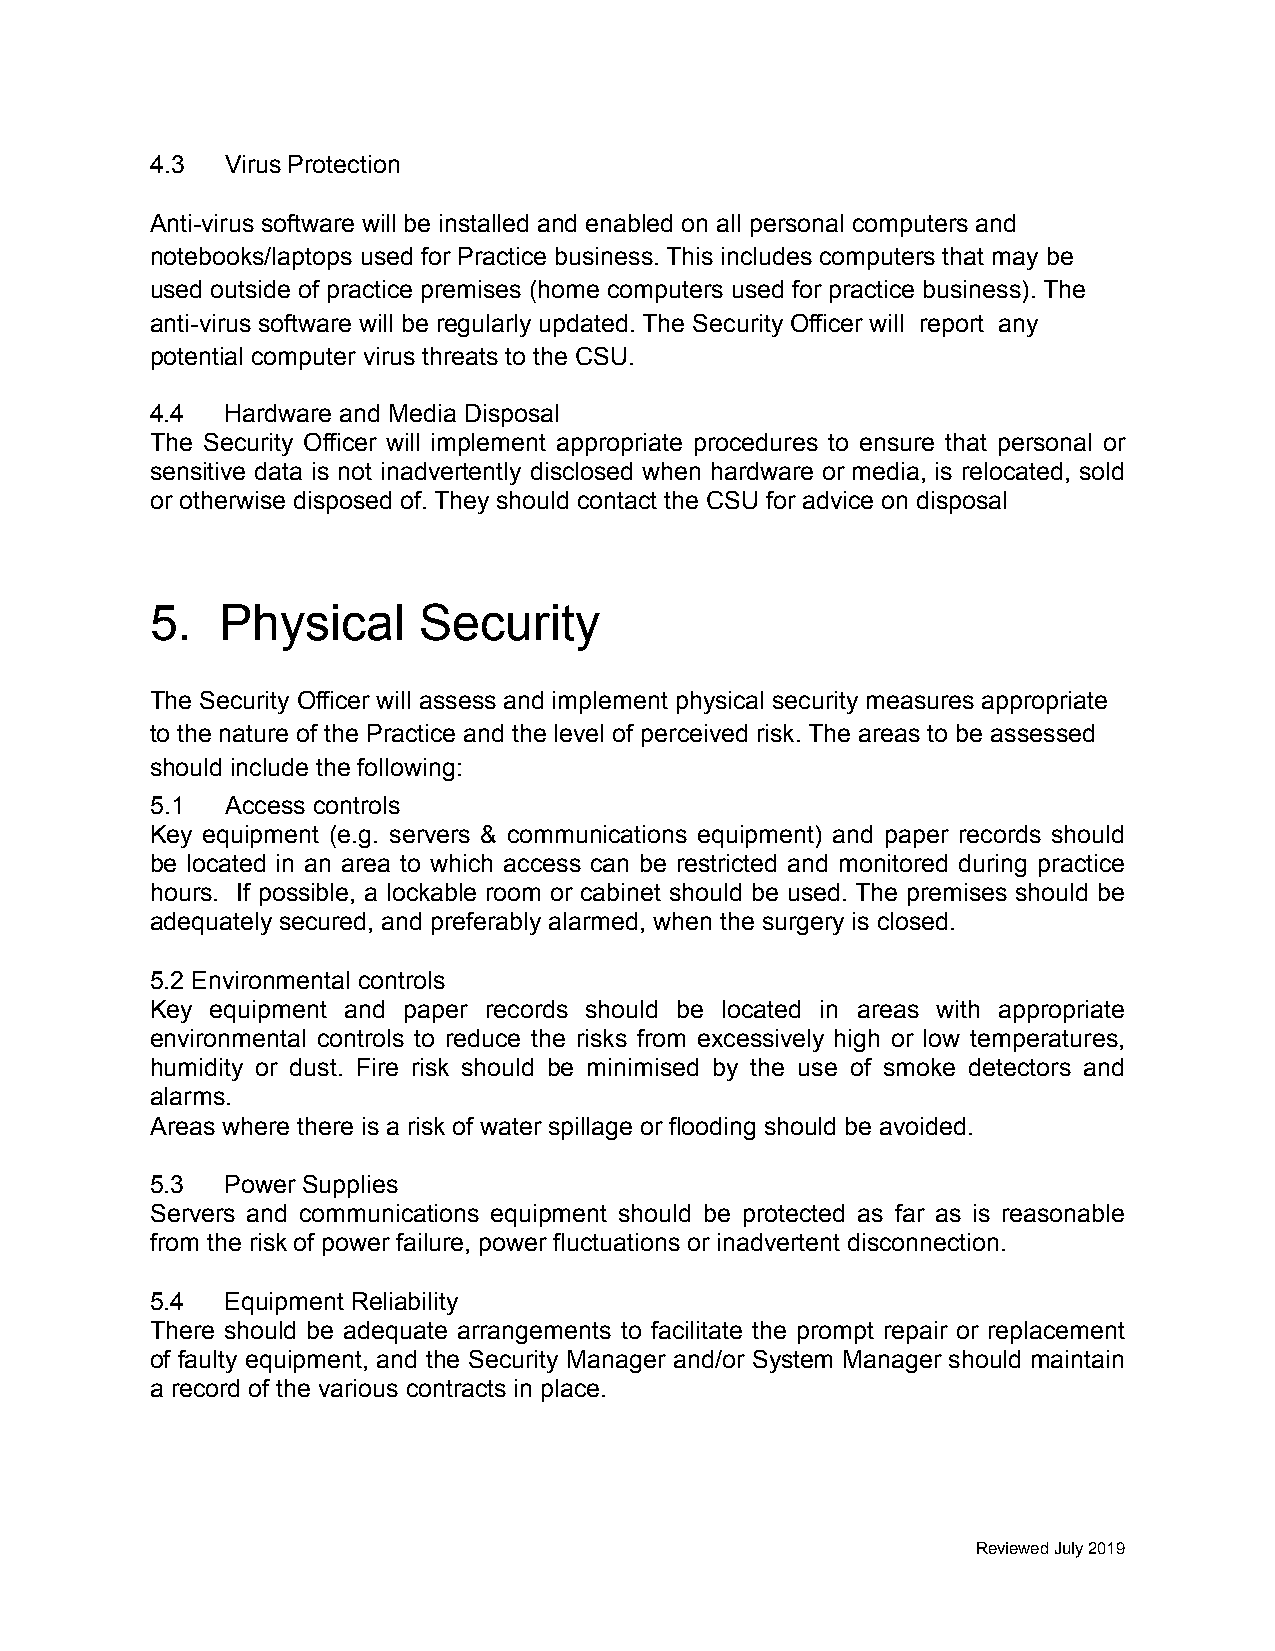
4.3  Virus Protection
 Anti-virus software will be installed and enabled on all personal computers and
 notebooks/laptops used for Practice business. This includes computers that may be
 used outside of practice premises (home computers used for practice business). The
 anti-virus software will be regularly updated. The Security Officer will report any
 potential computer virus threats to the CSU.
 4.4  Hardware and Media Disposal
 The Security Officer will implement appropriate procedures to ensure that personal or
 sensitive data is not inadvertently disclosed when hardware or media, is relocated, sold
 or otherwise disposed of. They should contact the CSU for advice on disposal
 5.   Physical     Security
 The Security Officer will assess and implement physical security measures appropriate
 to the nature of the Practice and the level of perceived risk. The areas to be assessed
 should include the following:
 5.1  Access controls
 Key equipment (e.g. servers & communications equipment) and paper records should
 be located in an area to which access can be restricted and monitored during practice
 hours. If possible, a lockable room or cabinet should be used. The premises should be
 adequately secured, and preferably alarmed, when the surgery is closed.
 5.2 Environmental controls
 Key equipment and paper records should be located in areas with appropriate
 environmental controls to reduce the risks from excessively high or low temperatures,
 humidity or dust. Fire risk should be minimised by the use of smoke detectors and
 alarms.
 Areas where there is a risk of water spillage or flooding should be avoided.
 5.3  Power Supplies
 Servers and communications equipment should be protected as far as is reasonable
 from the risk of power failure, power fluctuations or inadvertent disconnection.
 5.4  Equipment Reliability
 There should be adequate arrangements to facilitate the prompt repair or replacement
 of faulty equipment, and the Security Manager and/or System Manager should maintain
 a record of the various contracts in place.
 Reviewed July 2019